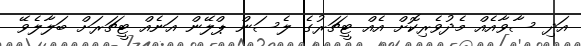
އަދި ސާވާއެއް މެދުވެރިކޮށް އެއް ޓީޗަރުގެ ލެސަން ޕްލޭން އަނެއް ޓީޗަރަށް ބަލާލެވޭ